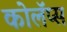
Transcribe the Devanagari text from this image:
कोलॅप्स